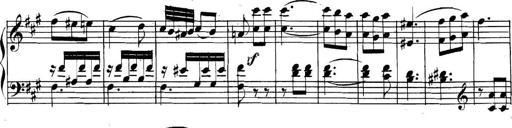
Title: Collected Piano Sonatas
Composer: Muzio Clementi